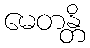
မေတန္တိ